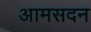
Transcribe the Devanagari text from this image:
आमसदन